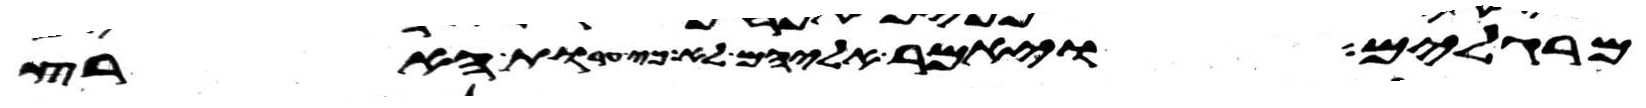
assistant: מרגלים ויאמר אליהם לא כי ערות הארץ